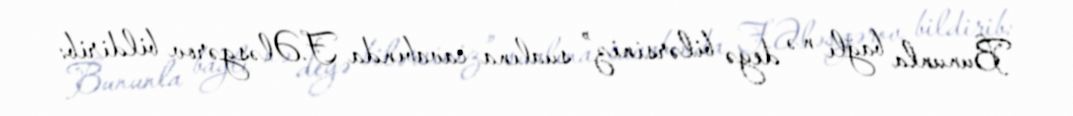
Bununla bağlı nə deyə bilərsiniz” sualına cavabında F.Ələsgərov bildirib: